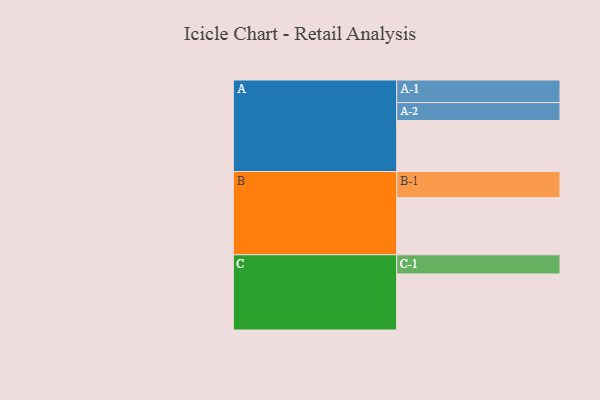
{"axis": {"x": "Segment", "y": "Value"}, "legend": ["", "A", "B", "C"], "data": [{"x": "A", "y": 494, "type": ""}, {"x": "B", "y": 554, "type": ""}, {"x": "C", "y": 544, "type": ""}, {"x": "A-1", "y": 219, "type": "A"}, {"x": "A-2", "y": 175, "type": "A"}, {"x": "B-1", "y": 254, "type": "B"}, {"x": "C-1", "y": 186, "type": "C"}]}